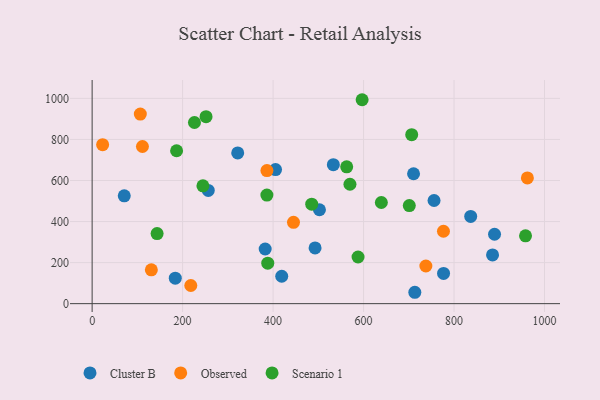
{"axis": {"x": "Engine Size", "y": "Exam Score"}, "legend": ["Cluster B", "Observed", "Scenario 1"], "data": [{"x": "256.7", "y": 551.4, "type": "Cluster B"}, {"x": "533.2", "y": 677.0, "type": "Cluster B"}, {"x": "492.8", "y": 271.5, "type": "Cluster B"}, {"x": "889.5", "y": 338.0, "type": "Cluster B"}, {"x": "321.8", "y": 734.3, "type": "Cluster B"}, {"x": "710.5", "y": 632.9, "type": "Cluster B"}, {"x": "71.0", "y": 525.2, "type": "Cluster B"}, {"x": "713.3", "y": 55.4, "type": "Cluster B"}, {"x": "382.5", "y": 266.2, "type": "Cluster B"}, {"x": "776.8", "y": 147.0, "type": "Cluster B"}, {"x": "755.8", "y": 502.5, "type": "Cluster B"}, {"x": "502.5", "y": 457.4, "type": "Cluster B"}, {"x": "885.1", "y": 237.2, "type": "Cluster B"}, {"x": "183.8", "y": 124.0, "type": "Cluster B"}, {"x": "836.8", "y": 424.9, "type": "Cluster B"}, {"x": "419.1", "y": 133.4, "type": "Cluster B"}, {"x": "405.4", "y": 653.4, "type": "Cluster B"}, {"x": "386.4", "y": 648.2, "type": "Observed"}, {"x": "218.1", "y": 88.3, "type": "Observed"}, {"x": "445.1", "y": 396.0, "type": "Observed"}, {"x": "962.1", "y": 612.3, "type": "Observed"}, {"x": "130.9", "y": 164.8, "type": "Observed"}, {"x": "737.7", "y": 183.4, "type": "Observed"}, {"x": "23.2", "y": 774.6, "type": "Observed"}, {"x": "111.2", "y": 765.6, "type": "Observed"}, {"x": "106.5", "y": 923.6, "type": "Observed"}, {"x": "776.6", "y": 352.7, "type": "Observed"}, {"x": "143.6", "y": 341.3, "type": "Scenario 1"}, {"x": "388.2", "y": 197.3, "type": "Scenario 1"}, {"x": "386.3", "y": 528.9, "type": "Scenario 1"}, {"x": "485.4", "y": 484.8, "type": "Scenario 1"}, {"x": "569.9", "y": 581.7, "type": "Scenario 1"}, {"x": "186.7", "y": 744.9, "type": "Scenario 1"}, {"x": "226.2", "y": 882.6, "type": "Scenario 1"}, {"x": "251.8", "y": 910.9, "type": "Scenario 1"}, {"x": "244.9", "y": 573.9, "type": "Scenario 1"}, {"x": "706.4", "y": 823.4, "type": "Scenario 1"}, {"x": "596.8", "y": 993.5, "type": "Scenario 1"}, {"x": "639.3", "y": 492.8, "type": "Scenario 1"}, {"x": "587.8", "y": 227.2, "type": "Scenario 1"}, {"x": "958.0", "y": 330.6, "type": "Scenario 1"}, {"x": "701.1", "y": 477.6, "type": "Scenario 1"}, {"x": "562.7", "y": 666.6, "type": "Scenario 1"}]}